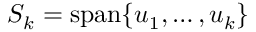
S _ { k } = \operatorname { s p a n } \{ u _ { 1 } , \ldots , u _ { k } \}